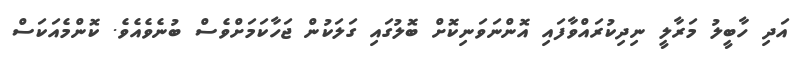
އަދި ހާބީލު މަރާލީ ނިދިކުރައްވާފައި އޮންނަވަނިކޮށް ބޮލުގައި ގަލަކުން ޖަހާކަމަށްވެސް ބުނެވެއެވެ. ކޮންމެއަކަސް